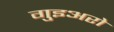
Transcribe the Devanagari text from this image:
गुइअरो